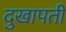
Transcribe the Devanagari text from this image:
दुखापतीं